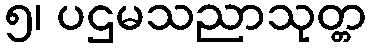
၅၊ ပဌမသညာသုတ္တ